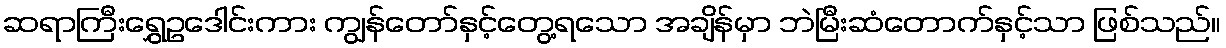
ဆရာကြီးရွှေဥဒေါင်းကား ကျွန်တော်နှင့်တွေ့ရသော အချိန်မှာ ဘဲမြီးဆံတောက်နှင့်သာ ဖြစ်သည်။